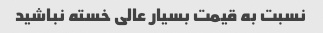
نسبت به قیمت بسیار عالی خسته نباشید